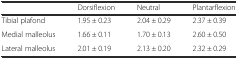
|  | Dorsiflexion | Neutral | Plantarflexion |
 | --- | --- | --- | --- |
 | Tibial plafond | 1.95 ± 0.23 | 2.04 ± 0.29 | 2.37 ± 0.39 |
 | Medial malleolus | 1.66 ± 0.11 | 1.70 ± 0.13 | 2.60 ± 0.50 |
 | Lateral malleolus | 2.01 ± 0.19 | 2.13 ± 0.20 | 2.32 ± 0.29 |